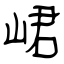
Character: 峮